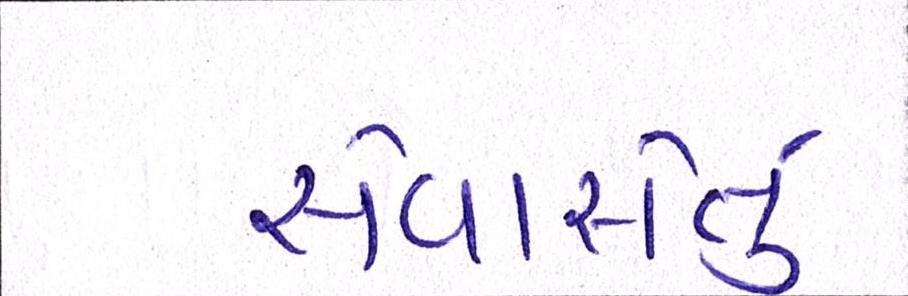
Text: સેવાસેતુ